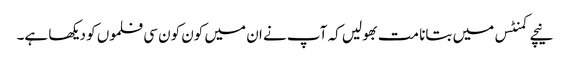
نیچے کمنٹس میں بتانا مت بھولیں کہ آپ نے ان میں کون کون سی فلموں کو دیکھا ہے۔